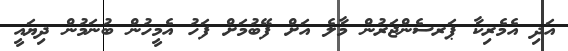
އަދި އެމެރިކާ ޕަރސެންޖަރުން މާލެ އަށް ފޭބުމަށް ފަހު އެމީހުން ބުނަމުން ދިޔައީ